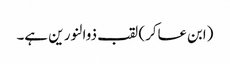
(ابن عساکر) لقب ذوالنور ین ہے۔